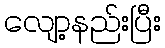
လျော့နည်းပြီး